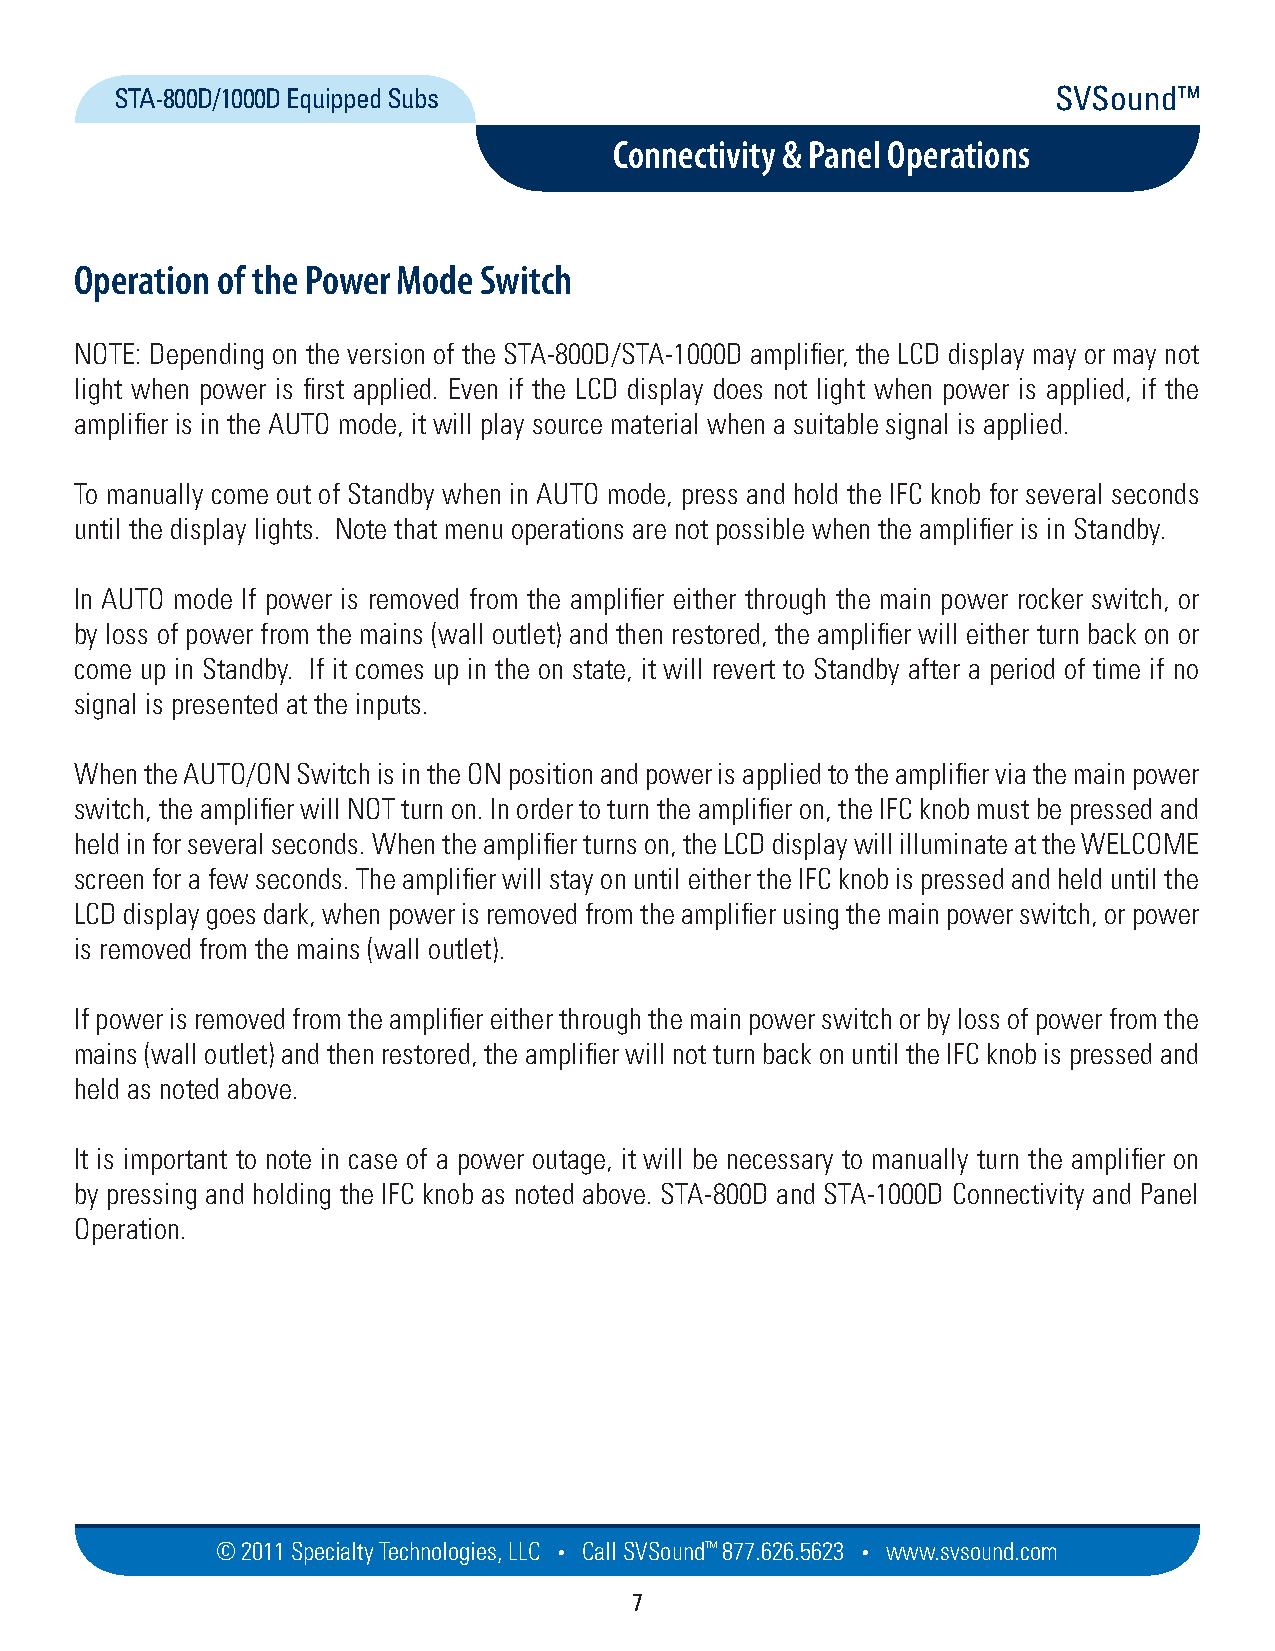
STA-800D/1000D Equipped Subs                                  SVSound™
 Connectivity & Panel Operations
 Operation of the Power Mode Switch
 NOTE: Depending on the version of the STA-800D/STA-1000D amplifier, the LCD display may or may not
 light when power is first applied. Even if the LCD display does not light when power is applied, if the
 amplifier is in the AUTO mode, it will play source material when a suitable signal is applied.
 To manually come out of Standby when in AUTO mode, press and hold the IFC knob for several seconds
 until the display lights. Note that menu operations are not possible when the amplifier is in Standby.
 In AUTO mode If power is removed from the amplifier either through the main power rocker switch, or
 by loss of power from the mains (wall outlet) and then restored, the amplifier will either turn back on or
 come up in Standby. If it comes up in the on state, it will revert to Standby after a period of time if no
 signal is presented at the inputs.
 When the AUTO/ON Switch is in the ON position and power is applied to the amplifier via the main power
 switch, the amplifier will NOT turn on. In order to turn the amplifier on, the IFC knob must be pressed and
 held in for several seconds. When the amplifier turns on, the LCD display will illuminate at the WELCOME
 screen for a few seconds. The amplifier will stay on until either the IFC knob is pressed and held until the
 LCD display goes dark, when power is removed from the amplifier using the main power switch, or power
 is removed from the mains (wall outlet).
 If power is removed from the amplifier either through the main power switch or by loss of power from the
 mains (wall outlet) and then restored, the amplifier will not turn back on until the IFC knob is pressed and
 held as noted above.
 It is important to note in case of a power outage, it will be necessary to manually turn the amplifier on
 by pressing and holding the IFC knob as noted above. STA-800D and STA-1000D Connectivity and Panel
 Operation.
 © 2011 Specialty Techno logies, LLC • Call SVSound™ 877.626.5623 • www.svs ou nd.com
 7